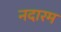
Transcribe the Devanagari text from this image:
नदारम